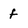
Character: f